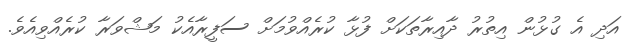
އަދި އެ ގުޅުން އިތުރު ދާއިރާތަކަށް ފުޅާ ކުރެއްވުމަށް ސަފީރާއެކު މަޝްވަރާ ކުރެއްވިއެވެ.